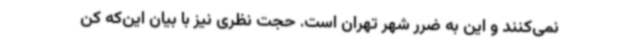
نمی‌کنند و این به ضرر شهر تهران است. حجت نظری نیز با بیان این‌که کن